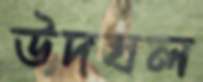
উদঘল